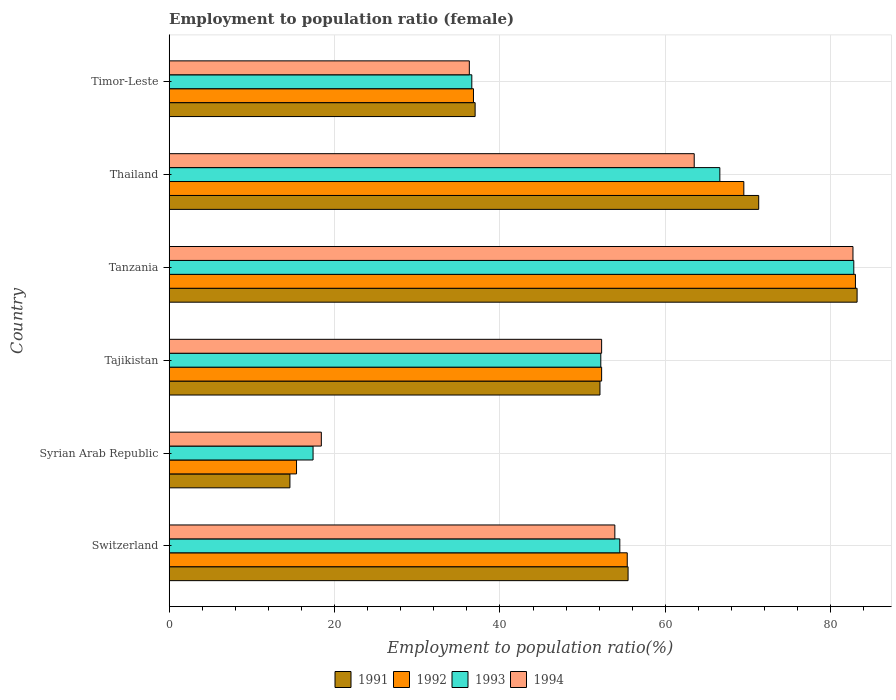
| Country | 1991 | 1992 | 1993 | 1994 |
 | --- | --- | --- | --- | --- |
 | Switzerland | 55.5 | 55.4 | 54.5 | 53.9 |
 | Syrian Arab Republic | 14.6 | 15.4 | 17.4 | 18.4 |
 | Tajikistan | 52.1 | 52.3 | 52.2 | 52.3 |
 | Tanzania | 83.2 | 83 | 82.8 | 82.7 |
 | Thailand | 71.3 | 69.5 | 66.6 | 63.5 |
 | Timor-Leste | 37 | 36.8 | 36.6 | 36.3 |